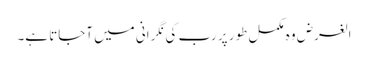
الغرض وہ مکمل طور پر رب کی نگرانی میں آجاتا ہے۔